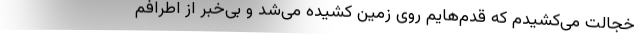
خجالت می‌کشیدم که قدم‌هایم روی زمین کشیده می‌شد و بی‌خبر از اطرافم